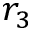
r _ { 3 }